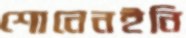
শোনেনইনি